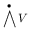
\bigwedge ^ { \bullet } V